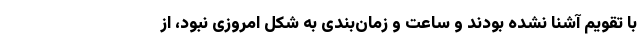
با تقویم آشنا نشده بودند و ساعت و زمان‌بندی به شکل امروزی نبود، از